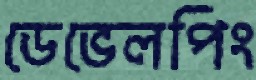
ডেভেলপিং